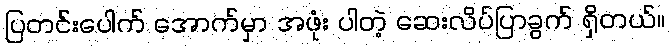
ပြတင်းပေါက် အောက်မှာ အဖုံး ပါတဲ့ ဆေးလိပ်ပြာခွက် ရှိတယ်။